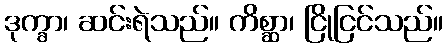
ဒုက္ခာ၊ ဆင်းရဲသည်။ ကိစ္ဆာ၊ ငြိုငြင်သည်။